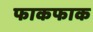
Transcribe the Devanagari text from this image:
फाकफाक